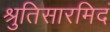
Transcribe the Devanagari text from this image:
श्रुतिसारमिदं